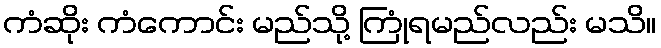
ကံဆိုး ကံကောင်း မည်သို့ ကြုံရမည်လည်း မသိ။